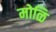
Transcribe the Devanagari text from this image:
मोळि